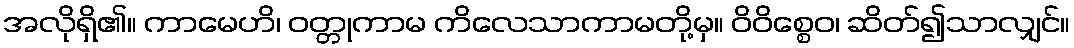
အလိုရှိ၏။ ကာမေဟိ၊ ဝတ္တုကာမ ကိလေသာကာမတို့မှ။ ဝိဝိစ္စေဝ၊ ဆိတ်၍သာလျှင်။